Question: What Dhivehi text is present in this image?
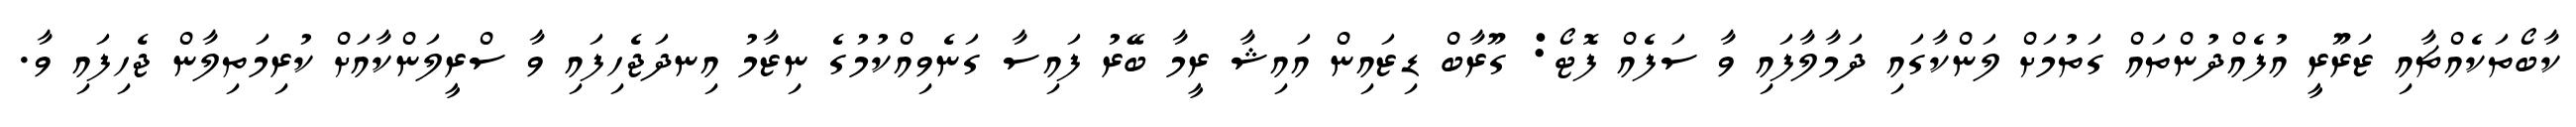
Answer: ކާބޯތަކެއްޗާއި ޒަރޫރީ އުފެއްދުންތައް ގަތުމަށް ލަންކާގައި ދަމާލާފައި ވާ ސަފެއް ފޮޓޯ: ގޫރާބް ޑިޒައިން އައިޝާ ރީމާ ބޭރު ފައިސާ ގަނެވިއްކުމުގެ ނިޒާމު އިނދަޖެހިފައި ވާ ސްރީލަންކާއަށް ކުރިމަތިލާން ޖެހިފައި ވާ.